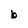
Character: b